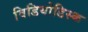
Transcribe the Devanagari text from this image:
विडियोडिस्क